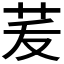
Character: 𦭞